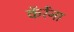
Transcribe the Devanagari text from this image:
कॅरेंना